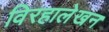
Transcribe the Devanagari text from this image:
विरहालेखन